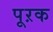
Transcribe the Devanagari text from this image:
पूऱक